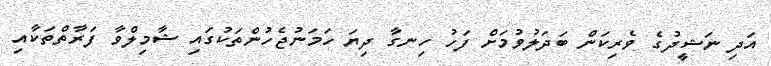
އަދި ނަޝީދުގެ ވެރިކަން ބަދަލުވުމަށް ފަހު ހިނގާ ދިޔަ ހަމަނުޖެހުންތަކުގައި ޝާމިލްވާ ފަރާތްތަކާއި